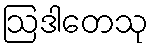
ဩဒါတေသု